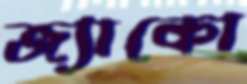
জ্যাকো